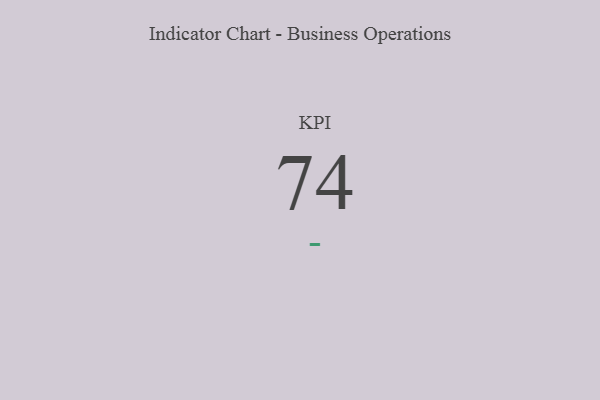
{"axis": {"x": "KPI", "y": "Value"}, "legend": [""], "data": [{"x": "KPI", "y": 74, "type": ""}]}